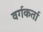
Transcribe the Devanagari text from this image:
वर्गकर्ता